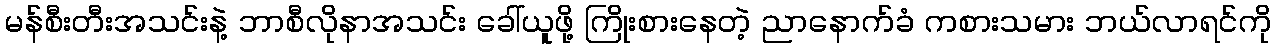
မန်စီးတီးအသင်းနဲ့ ဘာစီလိုနာအသင်း ခေါ်ယူဖို့ ကြိုးစားနေတဲ့ ညာနောက်ခံ ကစားသမား ဘယ်လာရင်ကို